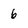
Character: 6